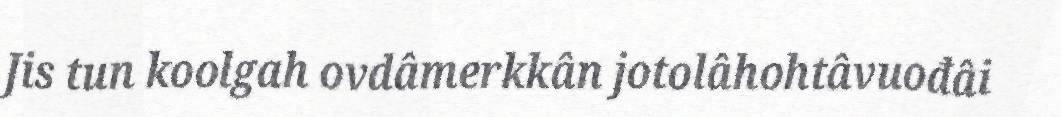
Jis tun koolgah ovdâmerkkân jotolâhohtâvuođâi